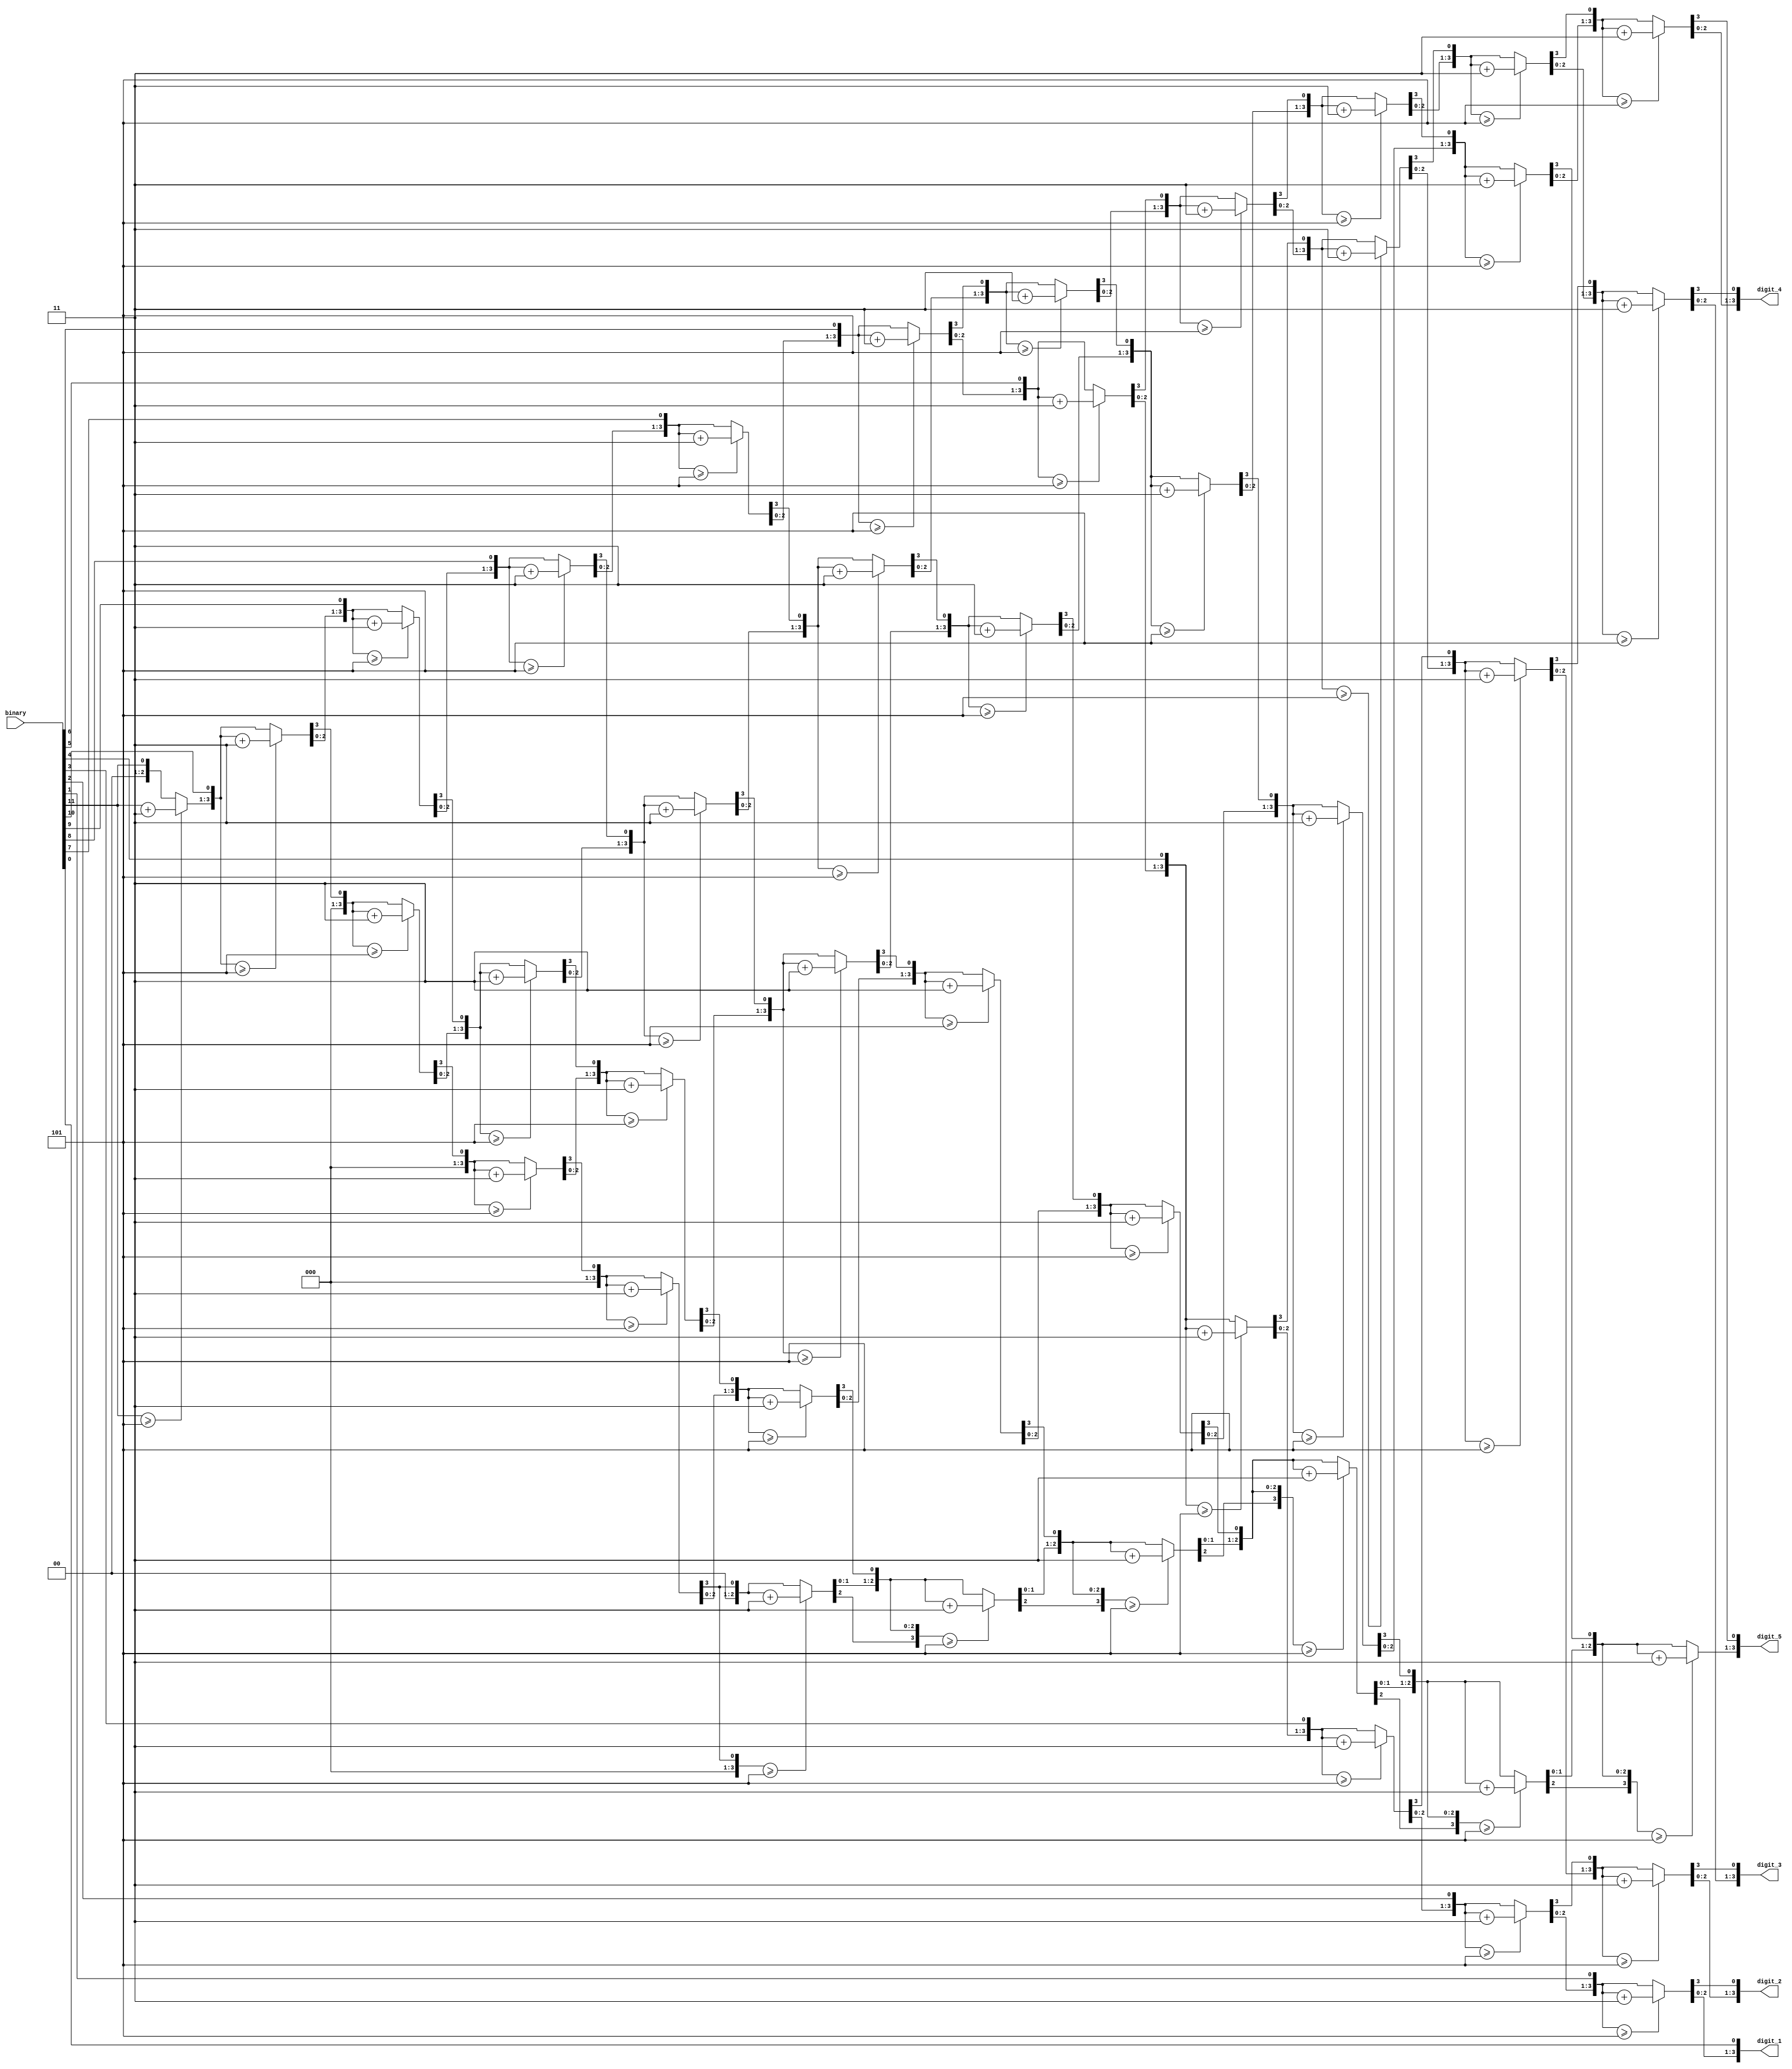
`timescale 1ns / 1ps
//////////////////////////////////////////////////////////////////////////////////
// Company: 
// Engineer: 
// 
// Design Name: 
// Module Name:    HEXtoBCD 
// Project Name: 
// Target Devices: 
// Tool versions: 
// Description: 
//
// Dependencies: 
//
// Revision: 
// Revision 0.01 - File Created
// Additional Comments: 
//
//////////////////////////////////////////////////////////////////////////////////
module HEXtoBCD(
	input [11:0] binary,
	output reg [3:0] digit_5,
	output reg [3:0] digit_4,
	output reg [3:0] digit_3,
	output reg [3:0] digit_2,
	output reg [3:0] digit_1
);

integer i;
always @(binary) begin
	digit_5 = 4'b0;
	digit_4 = 4'b0;
	digit_3 = 4'b0;
	digit_2 = 4'b0;
	digit_1 = 4'b0;

for(i = 11; i>= 0; i = i - 1)
	begin 
		if(digit_5 >= 5) digit_5 = digit_5 + 3;
		if(digit_4 >= 5) digit_4 = digit_4 + 3;
		if(digit_3 >= 5) digit_3 = digit_3 + 3;
		if(digit_2 >= 5) digit_2 = digit_2 + 3;
		if(digit_1 >= 5) digit_1 = digit_1 + 3;

digit_5 = digit_5 << 1;
digit_5[0] = digit_4[3]; 

digit_4 = digit_4 << 1;
digit_4[0] = digit_3[3];

digit_3 = digit_3 << 1;
digit_3[0] = digit_2[3];

digit_2 = digit_2 << 1;
digit_2[0] = digit_1[3];

digit_1 = digit_1 << 1;
digit_1[0] = binary[i];

end

end

endmodule